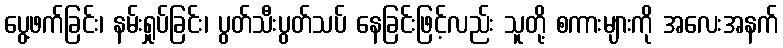
ပွေ့ဖက်ခြင်း၊ နမ်းရှုပ်ခြင်း၊ ပွတ်သီးပွတ်သပ် နေခြင်းဖြင့်လည်း သူတို့ စကားများကို အလေးအနက်